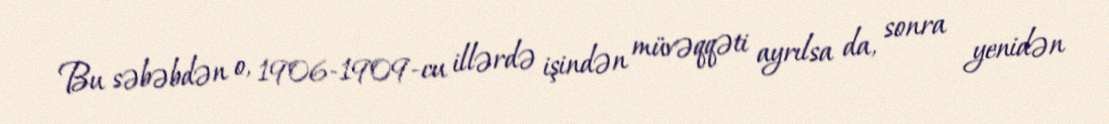
Bu səbəbdən o, 1906-1909-cu illərdə işindən müvəqqəti ayrılsa da, sonra yenidən